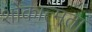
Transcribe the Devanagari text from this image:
शोकात्मता